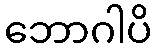
ဘောဂါပိ